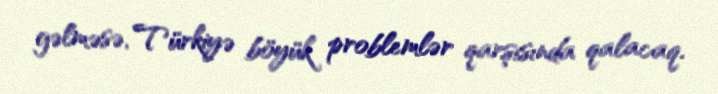
gəlməsə, Türkiyə böyük problemlər qarşısında qalacaq.